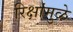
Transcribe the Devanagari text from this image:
रिक्षांमुळे